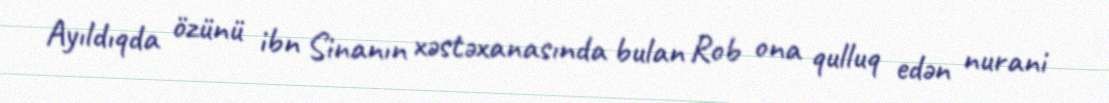
Ayıldıqda özünü ibn Sinanın xəstəxanasında bulan Rob ona qulluq edən nurani